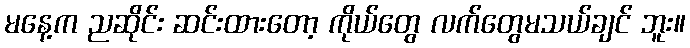
မနေ့က ညဆိုင်း ဆင်းထားတော့ ကိုယ်တွေ လက်တွေမသယ်ချင် ဘူး။